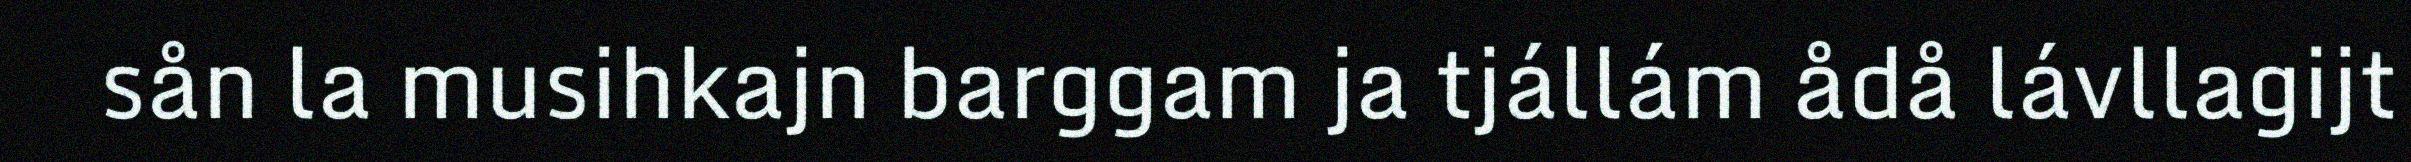
sån la musihkajn barggam ja tjállám ådå lávllagijt